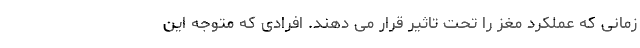
زمانی که عملکرد مغز را تحت تاثیر قرار می دهند. افرادی که متوجه این